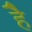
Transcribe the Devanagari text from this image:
हेेै